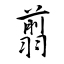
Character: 翦